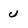
Character: u